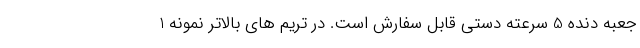
جعبه دنده 5 سرعته دستی قابل سفارش است. در تریم های بالاتر نمونه 1